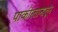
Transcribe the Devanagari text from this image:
पाकीस्तानातून